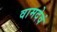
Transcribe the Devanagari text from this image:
वामदेवं